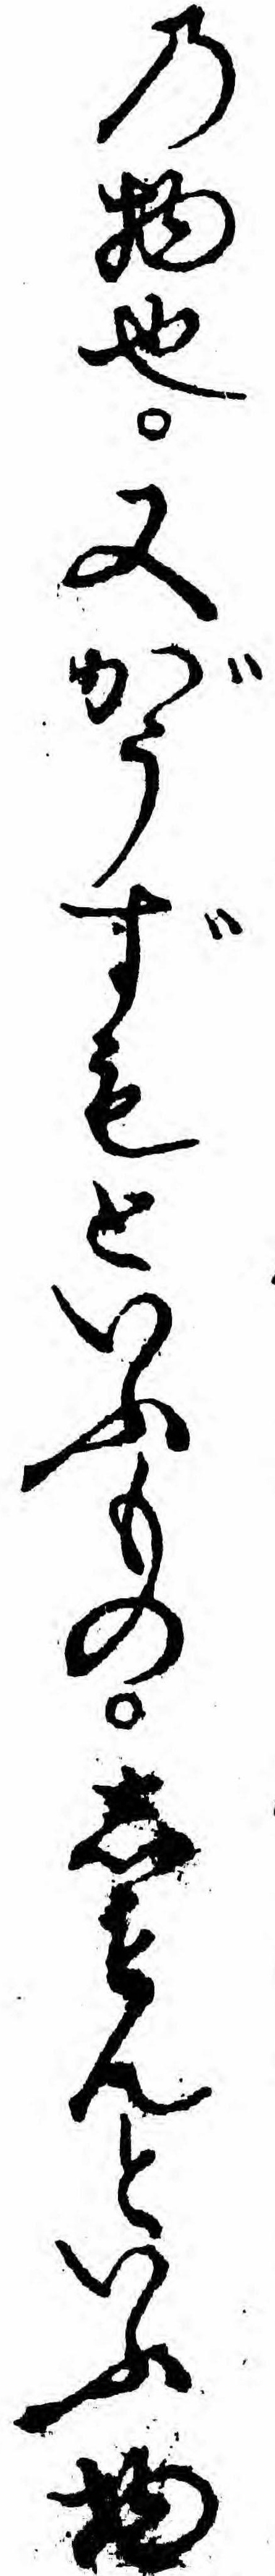
の物也又がうずもといふものしもんといふ物